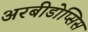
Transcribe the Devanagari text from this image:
अरबीडोप्सिस